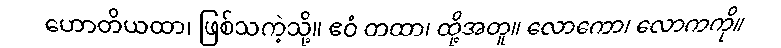
ဟောတိယထာ၊ ဖြစ်သကဲ့သို့။ ဧဝံ တထာ၊ ထို့အတူ။ လောကော၊ လောကကို။